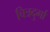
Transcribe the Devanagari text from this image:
चित्रदुर्गा